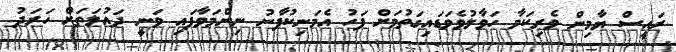
ރައީސް ޔާމިން ވެރިކަމާ ހަވާލުވެވަޑައިގަތުމަށް ފަހު އެމަނިކުފާނު ނިންމަވާފައި ވަނީ ދައުލަތަށް ހަރަދު